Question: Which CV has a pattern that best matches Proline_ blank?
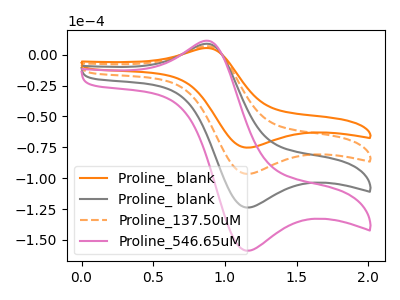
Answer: <think>The orange curve "Proline_ blank" has an anodic peak at (0.85V, 5.20uA) and a cathodic peak at (1.15V, -75.25uA). The gray curve "Proline_ blank" has an anodic peak at (0.85V, 13.40uA) and a cathodic peak at (1.15V, -193.00uA). The orange dashed curve "Proline_137.50uM" has an anodic peak at (0.85V, 6.70uA) and a cathodic peak at (1.15V, -96.50uA). The pink curve "Proline_546.65uM" has an anodic peak at (0.85V, 20.05uA) and a cathodic peak at (1.15V, -289.55uA).
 All the peaks in "Proline_ blank" have a peak in "Proline_ blank" at the same potential. Every peak in "Proline_ blank" is lower than every peak in "Proline_ blank". All the peaks in "Proline_ blank" have a peak in "Proline_137.50uM" at the same potential. Every peak in "Proline_ blank" is lower than every peak in "Proline_137.50uM". All the peaks in "Proline_ blank" have a peak in "Proline_546.65uM" at the same potential. Every peak in "Proline_ blank" is lower than every peak in "Proline_546.65uM". All the peaks in "Proline_ blank" have a peak in "Proline_137.50uM" at the same potential. Every peak in "Proline_ blank" is higher than every peak in "Proline_137.50uM". All the peaks in "Proline_ blank" have a peak in "Proline_546.65uM" at the same potential. Every peak in "Proline_ blank" is lower than every peak in "Proline_546.65uM". All the peaks in "Proline_137.50uM" have a peak in "Proline_546.65uM" at the same potential. Every peak in "Proline_137.50uM" is lower than every peak in "Proline_546.65uM".</think>
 <answer>"Proline_ blank", "Proline_137.50uM" and "Proline_546.65uM" have a similar shape to "Proline_ blank".</answer>
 <eval>"Proline_ blank" "Proline_137.50uM" "Proline_546.65uM"</eval>